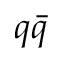
q \bar { q }